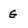
Character: G